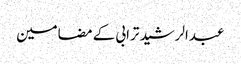
عبدالرشید ترابی کے مضامین